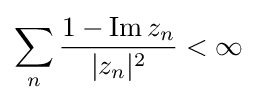
\sum _{n}{\frac {1-\operatorname {Im} z_{n}}{|z_{n}|^{2}}}<\infty